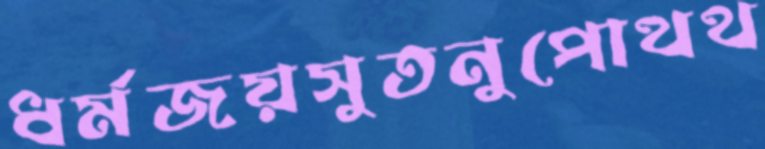
ধর্মজয়সুতনুপোথথ